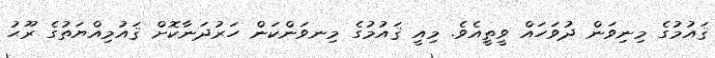
ޤައުމުގެ މިނިވަން ދުވަހައް ވީތީއެވެ. މިއީ ޤައުމުގެ މިނވަންކަން ހަރުދަނާކޮށް ޤައުމިއްޔަތުގެ ރޫޙު